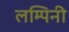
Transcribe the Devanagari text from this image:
लम्पिनी